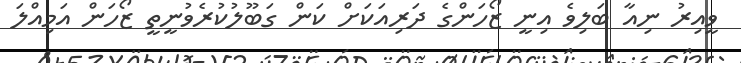
ވީއިރު ނިއާ ބަލިވެ އިނީ ޒޯހަންގެ ދަރިއަކަށް ކަން ގަބޫލުކުރެވުނީތީ ޒޯހަން އަމިއްލަ